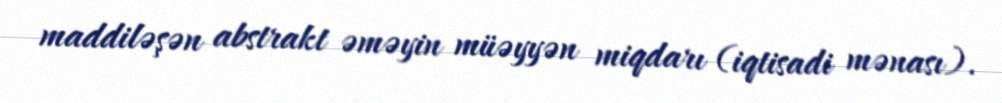
maddiləşən abstrakt əməyin müəyyən miqdarı (iqtisadi mənası).